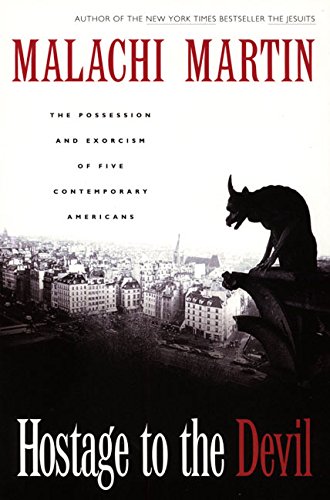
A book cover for Hostage to the Devil: The Possession and Exorcism of Five Contemporary Americans; Malachi Martin; Christian Books & Bibles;